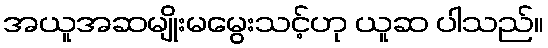
အယူအဆမျိုးမမွေးသင့်ဟု ယူဆ ပါသည်။